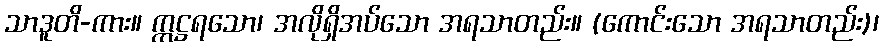
သာဒူတိ-ကား။ ဣဋ္ဌရသော၊ အလိုရှိအပ်သော အရသာတည်း။ (ကောင်းသော အရသာတည်း)၊